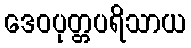
ဒေဝပုတ္တပရိသာယ